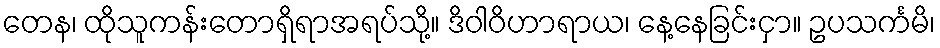
တေန၊ ထိုသူကန်းတောရှိရာအရပ်သို့။ ဒိဝါဝိဟာရာယ၊ နေ့နေခြင်းငှာ။ ဥပသင်္ကမိ၊